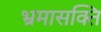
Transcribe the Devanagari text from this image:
भ्रमासक्‍ति